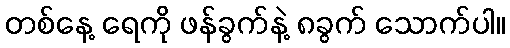
တစ်နေ့ ရေကို ဖန်ခွက်နဲ့ ၈ခွက် သောက်ပါ။